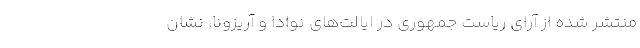
منتشر شده از آرای ریاست جمهوری در ایالت‌های نوادا و آریزونا، نشان